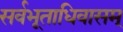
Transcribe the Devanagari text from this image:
सर्वभूताधिवासम्